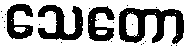
သေတော